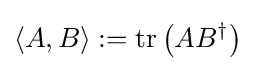
\langle A,B\rangle :=\operatorname {tr} \left(AB^{\dagger }\right)